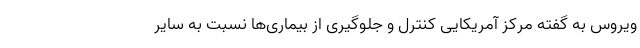
ویروس به گفته مرکز آمریکایی کنترل و جلوگیری از بیماری‌ها نسبت به سایر